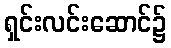
ရှင်းလင်းဆောင်၌